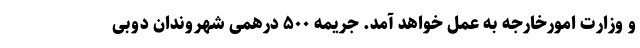
و وزارت امورخارجه به عمل خواهد آمد. جریمه ۵۰۰ درهمی شهروندان دوبی